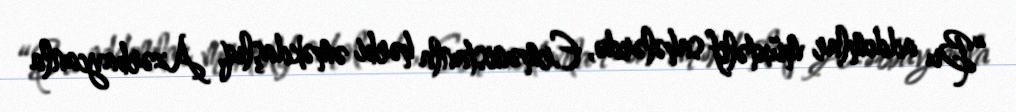
“Bu addımlar müxtəlif sahələrdə, Ermənistanla hərbi əməkdaşlıq, Azərbaycanla